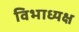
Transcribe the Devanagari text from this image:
विभाध्यक्ष